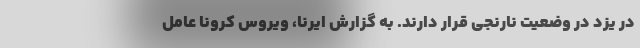
در یزد در وضعیت نارنجی قرار دارند. به گزارش ایرنا، ویروس کرونا عامل